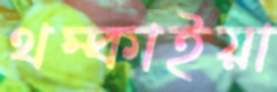
থম্‌কাইয়া